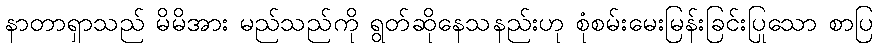
နာတာရှာသည် မိမိအား မည်သည်ကို ရွတ်ဆိုနေသနည်းဟု စုံစမ်းမေးမြန်းခြင်းပြုသော စာပြ